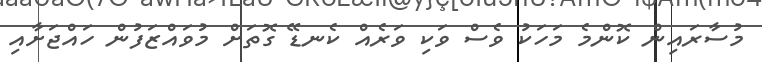
މުސާރައިން ކޮންމެ މަހަކު ވެސް ވަކި ވަރެއް ކެނޑޭ ގޮތަށް މުވައްޒަފުން ހައްޖަށާއި